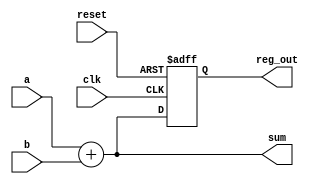
module example_logic (
    input wire clk,          // Clock input
    input wire reset,        // Asynchronous reset
    input wire [3:0] a,      // 4-bit input signal
    input wire [3:0] b,      // 4-bit input signal
    output reg [3:0] sum,     // 4-bit output for sum
    output reg [3:0] reg_out  // 4-bit output for registered value
);

// Combinational logic using always @*
always @* begin
    sum = a + b; // Simple addition combinational logic
end

// Sequential logic using always @(posedge clk)
always @(posedge clk or posedge reset) begin
    if (reset) begin
        reg_out <= 4'b0000; // Reset output to 0
    end else begin
        reg_out <= sum; // Capture the sum on rising edge of the clock
    end
end

endmodule